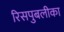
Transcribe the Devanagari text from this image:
रिसपुबलीका